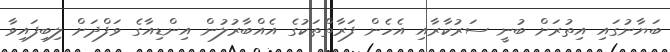
ބަޔާނުގައި އިތުރަށް ބުނީ ސަރުކާރާއި އެހެން ފަރާތްތަކުގެ އެއްބާރުލުން އިންޑިއާގެ ވަފްދަށް ލިބިފައިވާ